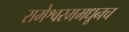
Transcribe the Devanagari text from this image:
रामेश्वरममधूनच